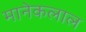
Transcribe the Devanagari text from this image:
मानेकलाल